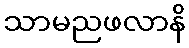
သာမညဖလာနိ